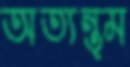
অত্যন্ত্ম